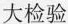
大检验